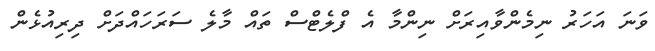
ވަނަ އަހަރު ނިމެންވާއިރަށް ނިންމާ އެ ފްލެޓްސް ތައް މާލެ ސަރަހައްދަށް ދިރިއުޅެން